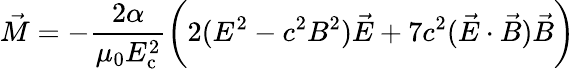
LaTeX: {\vec{M}}=-{\frac{2\alpha}{\mu_{0}E_{\mathrm{c}}^{2}}}{\bigg(}2(E^{2}-c^{2}B^{2}){\vec{E}}+7c^{2}({\vec{E}}\cdot{\vec{B}}){\vec{B}}{\bigg)}